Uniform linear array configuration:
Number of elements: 48
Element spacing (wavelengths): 0.5
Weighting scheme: uniform
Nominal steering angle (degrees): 60
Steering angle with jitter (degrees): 59.341
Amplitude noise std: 0.05
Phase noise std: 0.05

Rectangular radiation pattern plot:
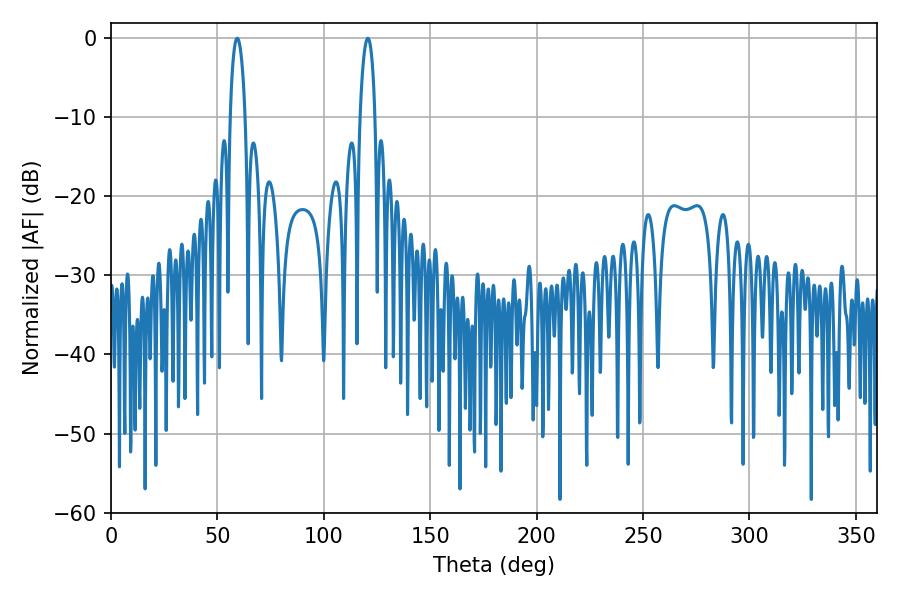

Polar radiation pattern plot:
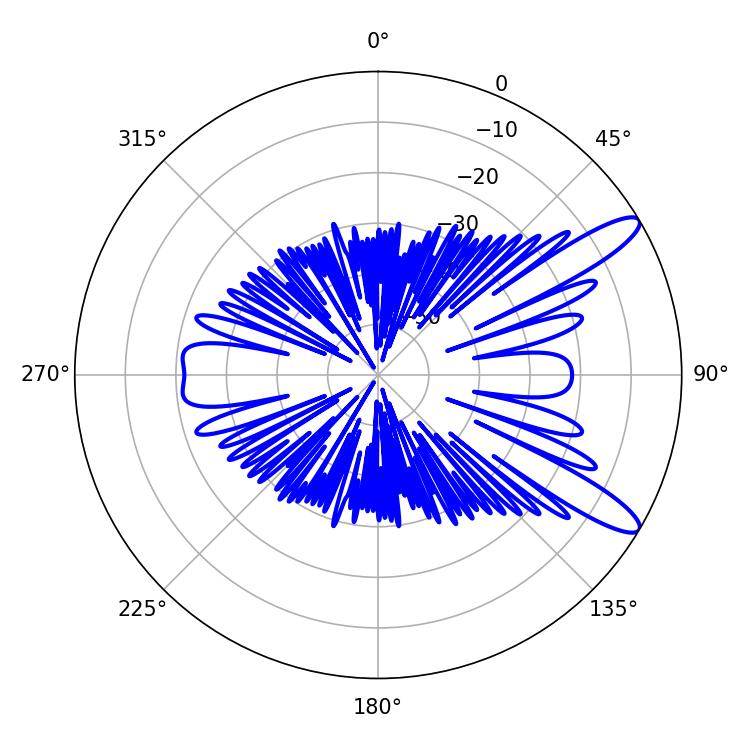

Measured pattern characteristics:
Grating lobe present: FALSE
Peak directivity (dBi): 11.663
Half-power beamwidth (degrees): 3.96
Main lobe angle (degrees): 59.4